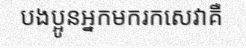
បងប្អូនអ្នកមករកសេវាគឺ